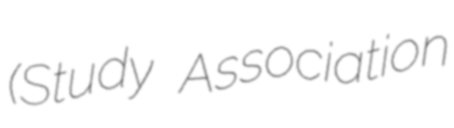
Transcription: (Study Association